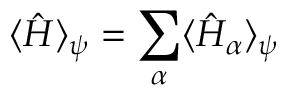
\langle \hat { H } \rangle _ { \psi } = \sum _ { \alpha } \langle \hat { H } _ { \alpha } \rangle _ { \psi }